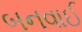
બનવાઈ